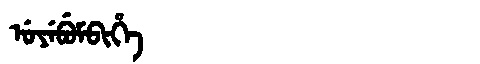
Manchu: ᡠᠶᡝᠪᡠᠮᠪᡳᡥᡝ
Romanization: UYEBUMBIHE